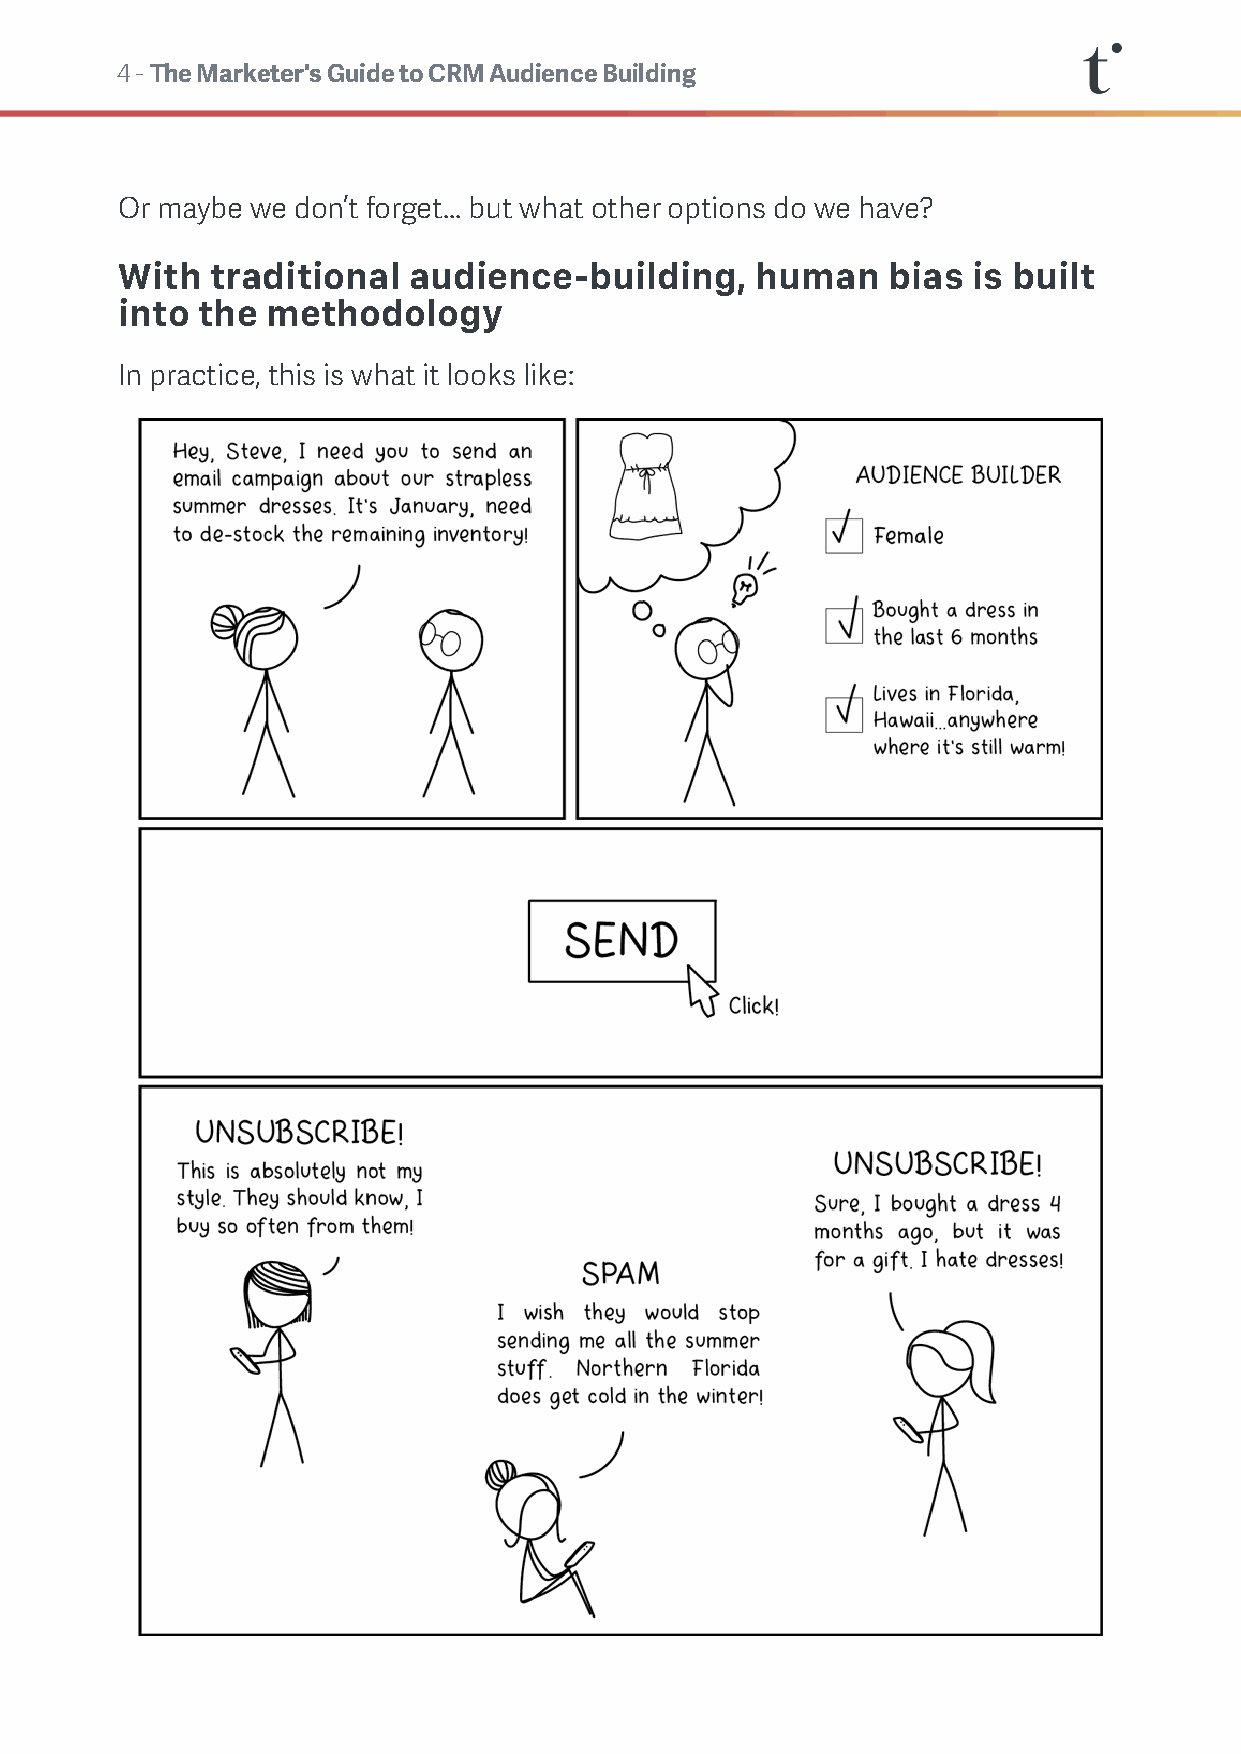
4 - The Marketer's Guide to CRM Audience Building
 Or maybe we don’t forget... but what other options do we have?
 With  traditional  audience-building,     human    bias is built
 into the  methodology
 In practice, this is what it looks like: